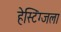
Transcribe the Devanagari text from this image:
हेस्टिंग्जला